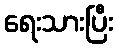
ရေးသားပြီး